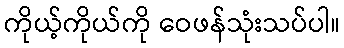
ကိုယ့်ကိုယ်ကို ဝေဖန်သုံးသပ်ပါ။